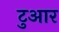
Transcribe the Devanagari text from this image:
टुआर